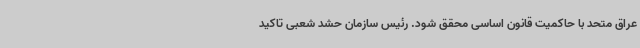
عراق متحد با حاکمیت قانون اساسی محقق شود. رئیس سازمان حشد شعبی تاکید